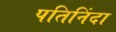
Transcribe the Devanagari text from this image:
पतिनिंदा